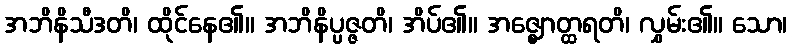
အဘိနိသီဒတိ၊ ထိုင်နေ၏။ အဘိနိပ္ပဇ္ဇတိ၊ အိပ်၏။ အဇ္ဈောတ္ထရတိ၊ လွှမ်း၏။ သော၊